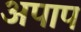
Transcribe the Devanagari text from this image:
अपाप